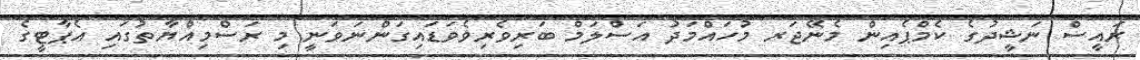
ރައީސް ނަޝީދުގެ ކެމްޕެއިން މެނޭޖަރ މުހައްމަދު އަސްލަމް ބަރިވެރިވެވަޑައިގަންނަވަނީ މި ރަސްމިއްޔާތުގައި އެޕާޓީގެ